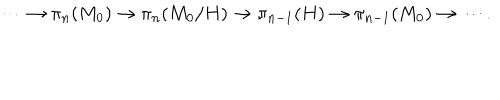
\cdots \rightarrow \pi _ { n } ( M _ { 0 } ) \rightarrow \pi _ { n } ( M _ { 0 } / H ) \rightarrow \pi _ { n - 1 } ( H ) \rightarrow \pi _ { n - 1 } ( M _ { 0 } ) \rightarrow \cdots .